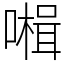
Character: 𡀞